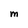
Character: M